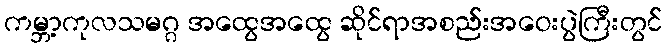
ကမ္ဘာ့ကုလသမဂ္ဂ အထွေအထွေ ဆိုင်ရာအစည်းအဝေးပွဲကြီးတွင်